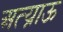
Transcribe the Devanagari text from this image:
अत्य्राऊ